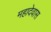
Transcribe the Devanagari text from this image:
महादेवास